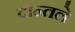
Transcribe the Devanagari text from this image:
दान्तले